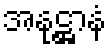
အနုဋ္ဌာနံ